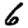
Digit: 6